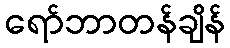
ရော်ဘာတန်ချိန်